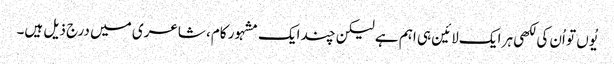
یُوں تو اُن کی لکھی ہر ایک لائین ہی اہم ہے لیکن چند ایک مشہور کام، شاعری میں درج ذیل ہیں۔